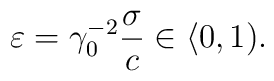
\varepsilon=\gamma_{0}^{-2}\frac{\sigma}{c}\in\langle0,1).